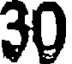
30